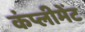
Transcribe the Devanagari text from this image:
कंप्लीमेंट